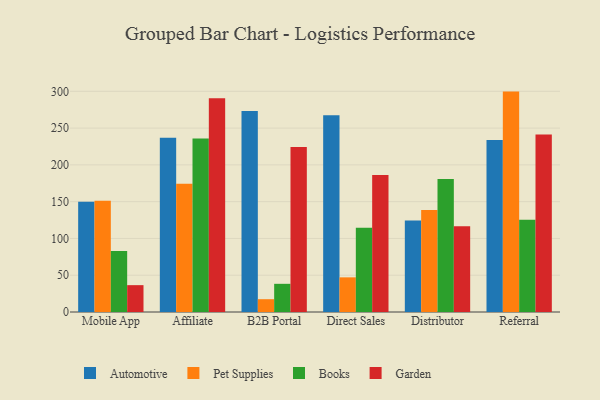
{"axis": {"x": "Channel", "y": "Shipments"}, "legend": ["Automotive", "Books", "Garden", "Pet Supplies"], "data": [{"x": "Mobile App", "y": 149.8, "type": "Automotive"}, {"x": "Mobile App", "y": 151.3, "type": "Pet Supplies"}, {"x": "Mobile App", "y": 82.9, "type": "Books"}, {"x": "Mobile App", "y": 36.5, "type": "Garden"}, {"x": "Affiliate", "y": 236.7, "type": "Automotive"}, {"x": "Affiliate", "y": 174.2, "type": "Pet Supplies"}, {"x": "Affiliate", "y": 236.0, "type": "Books"}, {"x": "Affiliate", "y": 290.6, "type": "Garden"}, {"x": "B2B Portal", "y": 273.3, "type": "Automotive"}, {"x": "B2B Portal", "y": 17.4, "type": "Pet Supplies"}, {"x": "B2B Portal", "y": 38.3, "type": "Books"}, {"x": "B2B Portal", "y": 224.2, "type": "Garden"}, {"x": "Direct Sales", "y": 267.4, "type": "Automotive"}, {"x": "Direct Sales", "y": 47.1, "type": "Pet Supplies"}, {"x": "Direct Sales", "y": 114.4, "type": "Books"}, {"x": "Direct Sales", "y": 186.3, "type": "Garden"}, {"x": "Distributor", "y": 124.3, "type": "Automotive"}, {"x": "Distributor", "y": 138.8, "type": "Pet Supplies"}, {"x": "Distributor", "y": 180.8, "type": "Books"}, {"x": "Distributor", "y": 116.5, "type": "Garden"}, {"x": "Referral", "y": 233.9, "type": "Automotive"}, {"x": "Referral", "y": 299.6, "type": "Pet Supplies"}, {"x": "Referral", "y": 125.4, "type": "Books"}, {"x": "Referral", "y": 241.4, "type": "Garden"}]}